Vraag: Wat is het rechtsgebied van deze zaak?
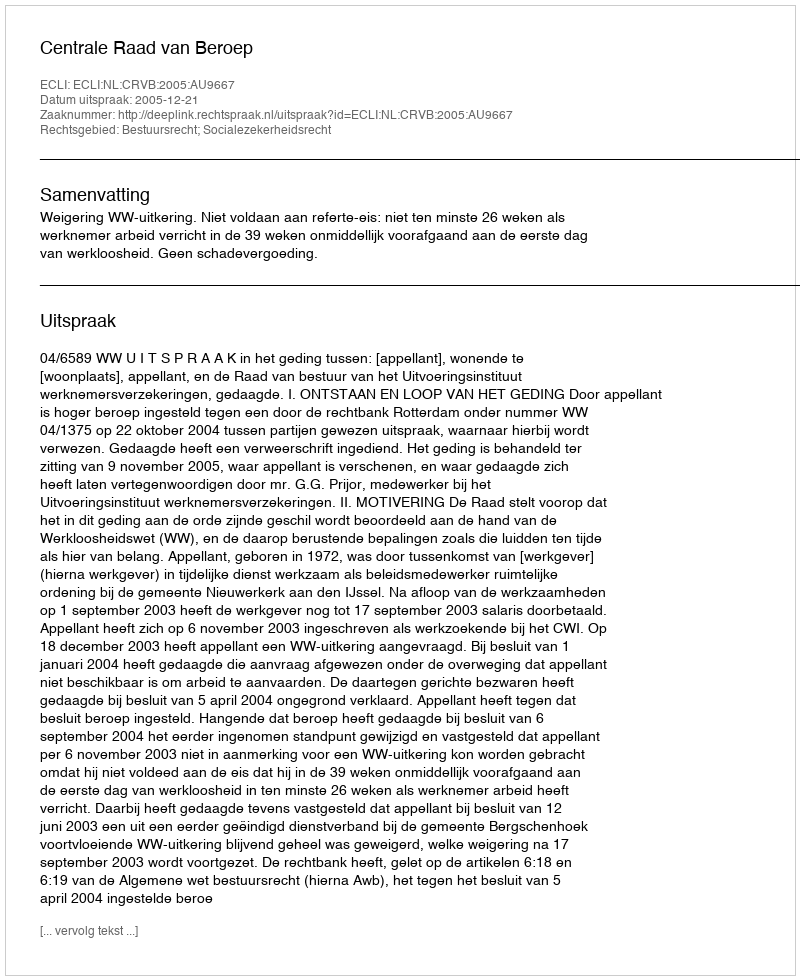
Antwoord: Bestuursrecht; Socialezekerheidsrecht